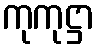
ကုကုဋ္ဌာ